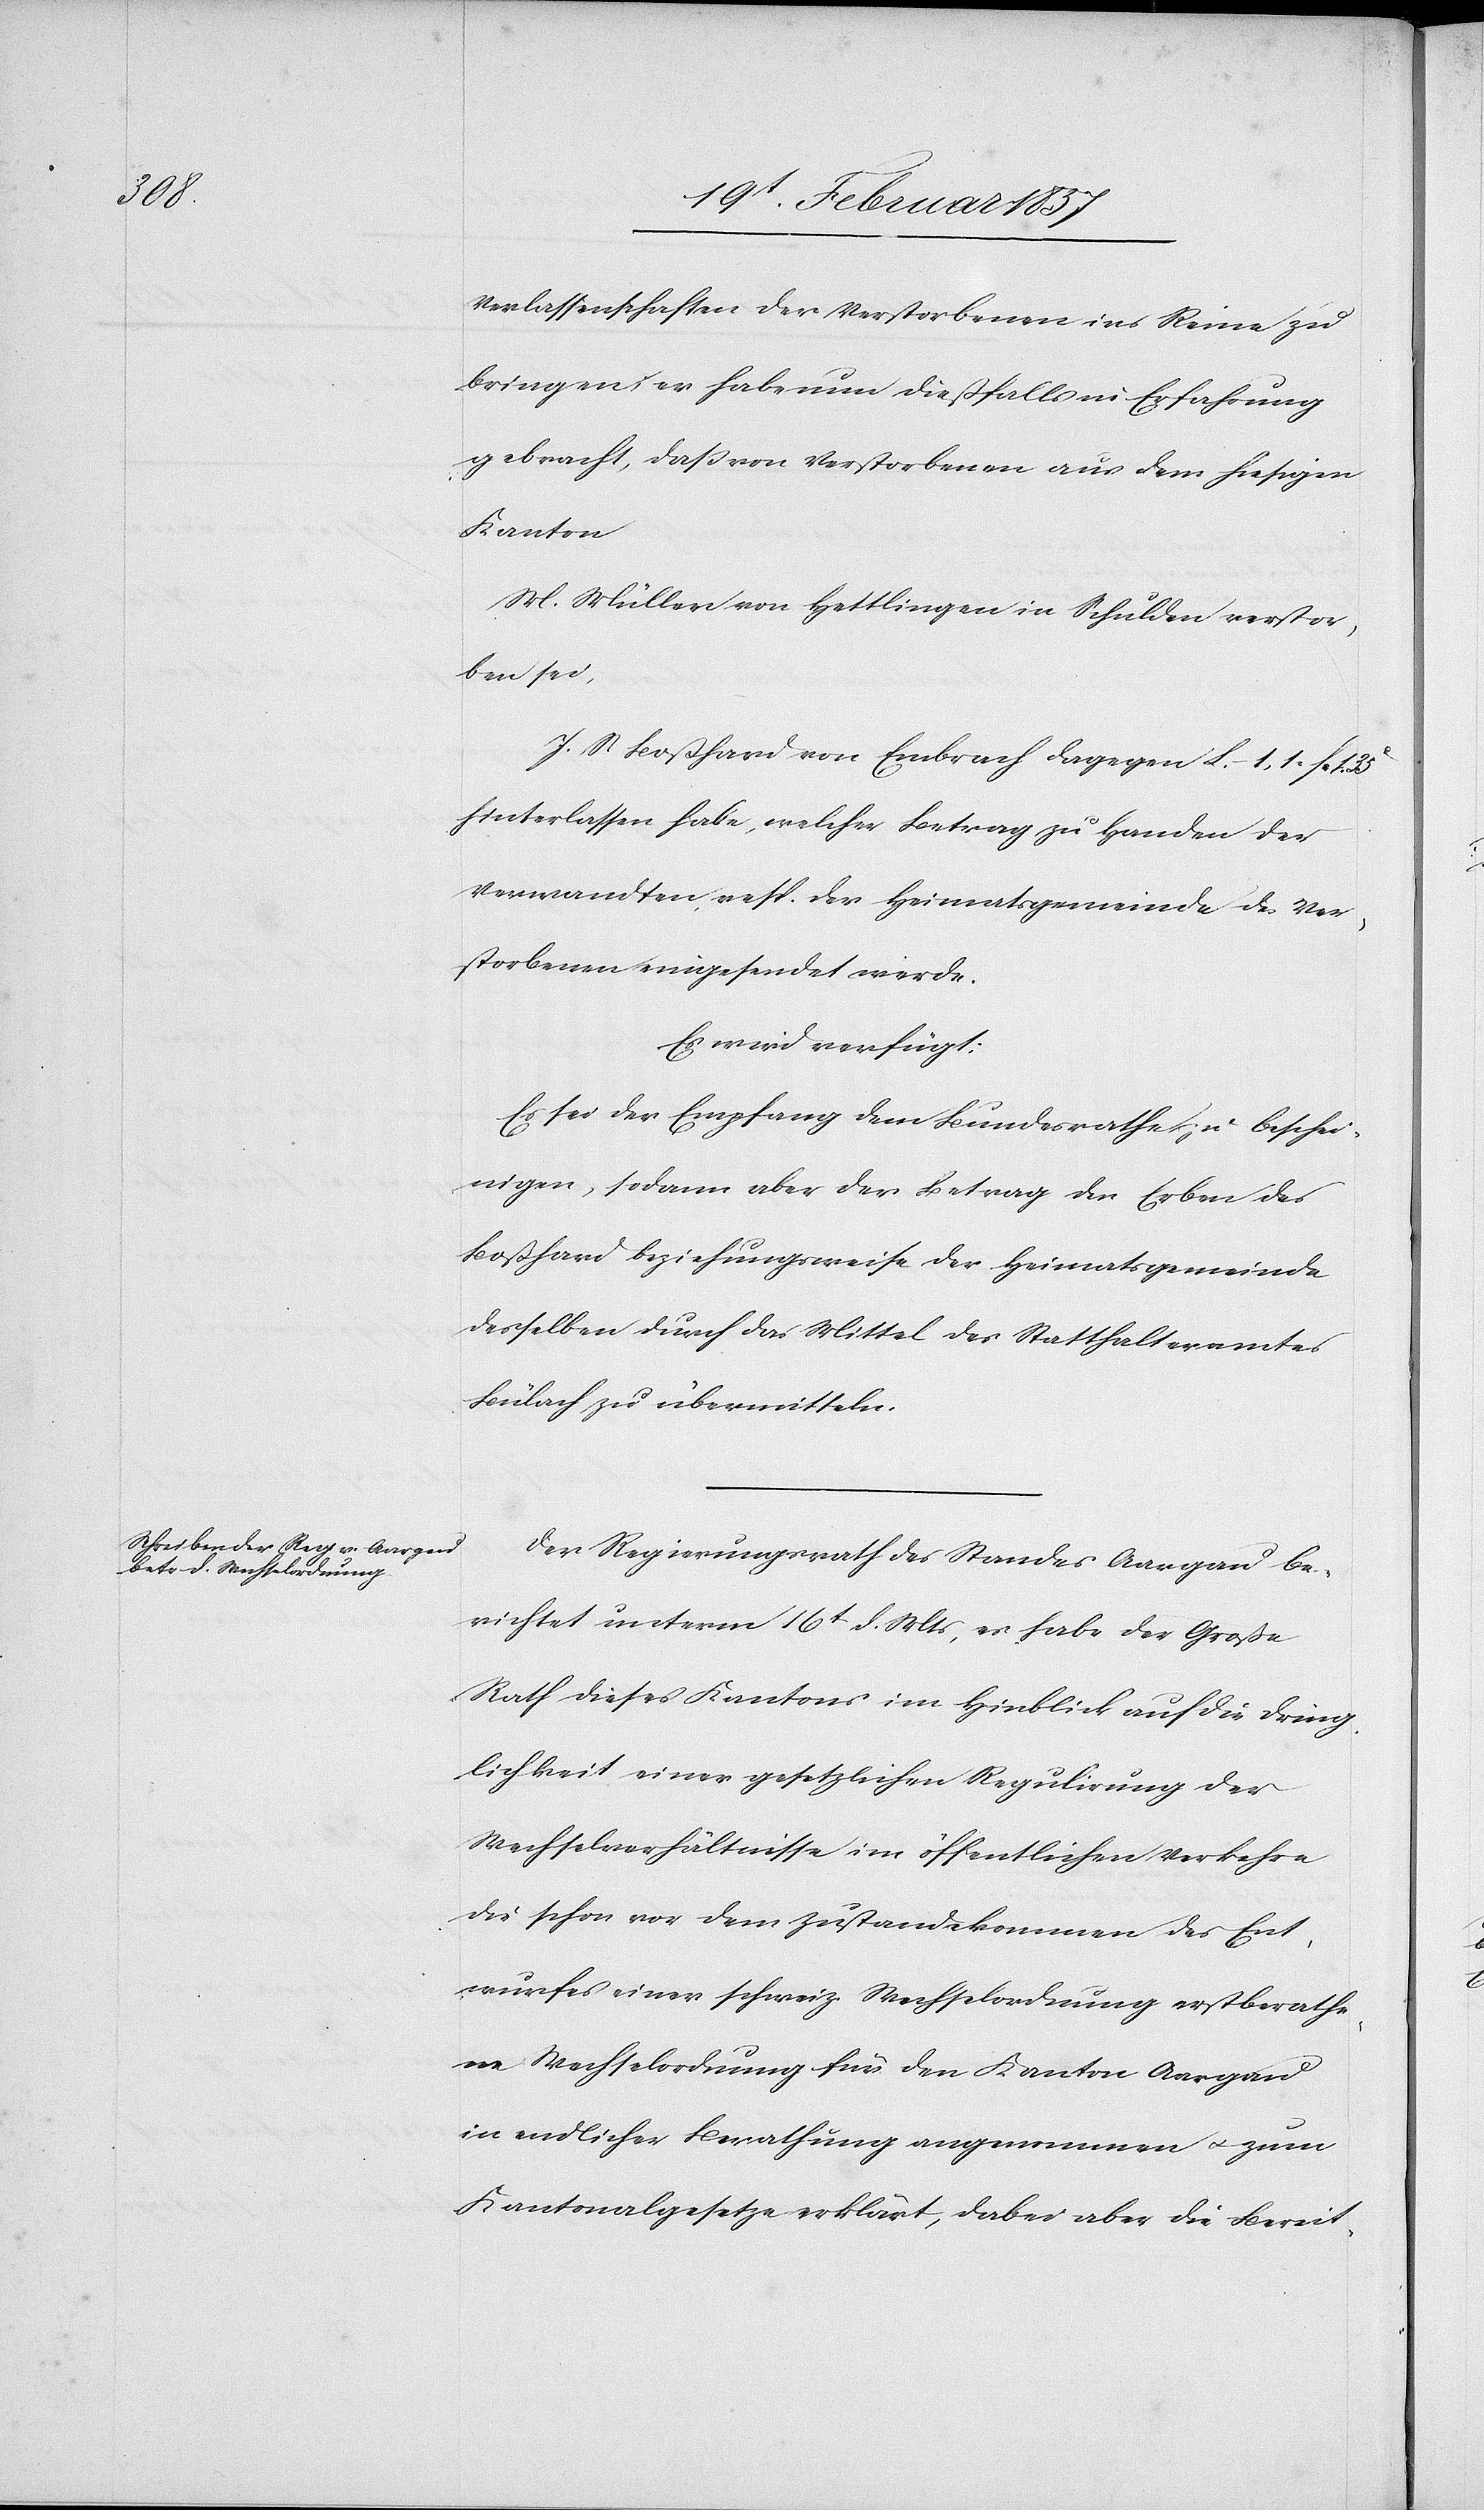
Verlassenschaften der Verstorbenen ins Reine zu
bringen; er habe nun dießfalls in Erfahrung
gebracht, daß von Verstorbenen aus dem hiesigen
Kanton
M. Müller von Hettlingen in Schulden verstor¬
ben sei,
J. S Boßhard von Embrach dagegen L. 1 fr. 1.
hinterlassen habe, welcher Betrag zu Handen der
Verwandten, resp. der Heimatsgemeinde des Ver¬
storbenen eingesendet werde.
Es wird verfügt:
Es sei der Empfang dem Bundesrathe zu beschei¬
nigen, sodann aber der Betrag den Erben des
Boßhard beziehungsweise der Heimatsgemeinde
desselben durch das Mittel des Statthalteramtes
Bülach zu übermitteln.
Der Regierungsrath des Standes Aargau be¬
richtet unterm 16t d. Mts, es habe der Große
Rath dieses Kantons im Hinblick auf die Dring¬
lichkeit einer gesetzlichen Regulirung der
Wechselverhältnisse im öffentlichen Verkehre
die schon vor dem Zustandekommen des Ent¬
wurfes einer schweiz. Wechselordnung erstberathe¬
ne Wechselordnung für den Kanton Aargau
in endlicher Berathung angenommen u. zum
Kantonalgesetze erklärt, dabei aber die Bereit-